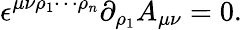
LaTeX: \epsilon^{\mu\nu\rho_{1}\cdots\rho_{n}}\partial_{\rho_{1}}A_{\mu\nu}=0.